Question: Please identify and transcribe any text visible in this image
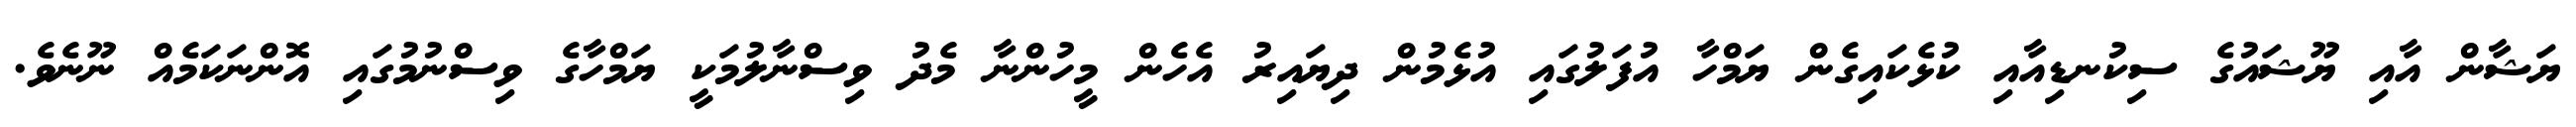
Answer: ޔަޝާން އާއި ޔޫޝައުގެ ސިކުނޑިއާއި ކުޅެކައިގެން ޔަމްހާ އުފަލުގައި އުޅެމުން ދިޔައިރު އެހެން މީހުންނާ މެދު ވިސްނާލުމަކީ ޔަމްހާގެ ވިސްނުމުގައި އޮންނަކަމެއް ނޫނެވެ.